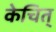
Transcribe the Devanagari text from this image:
केचित्